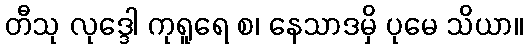
တီသု လုဒ္ဒေါ ကုရူရေ စ၊ နေသာဒမှိ ပုမေ သိယာ။